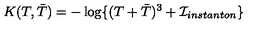
K ( T , { \bar { T } } ) = - \log \{ ( T + { \bar { T } } ) ^ { 3 } + { \cal I } _ { i n s t a n t o n } \}